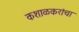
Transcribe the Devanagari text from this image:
कशाळकरांचा